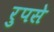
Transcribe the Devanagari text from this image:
रुपसे